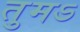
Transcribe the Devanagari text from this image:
तुमऽ